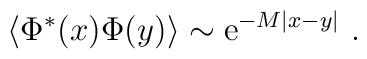
\langle \Phi^*(x) \Phi(y) \rangle \sim {\rm e}^{-M|x-y|} \ .